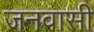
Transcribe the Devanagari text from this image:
जनवासी